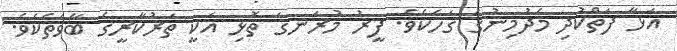
އަޅާ ފަތްކުދި މެދުމިނުގެ ގަހެކެވެ. ފީރު މުރަނގަ ތޮޅި އަކީ ތަރުކާރީގެ ބާވަތެކެވެ.